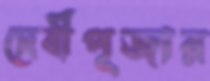
দেবীপূজার